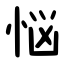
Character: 悩